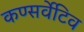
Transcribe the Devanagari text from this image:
कण्सर्वेटिव